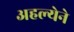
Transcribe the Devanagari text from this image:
अहल्येने